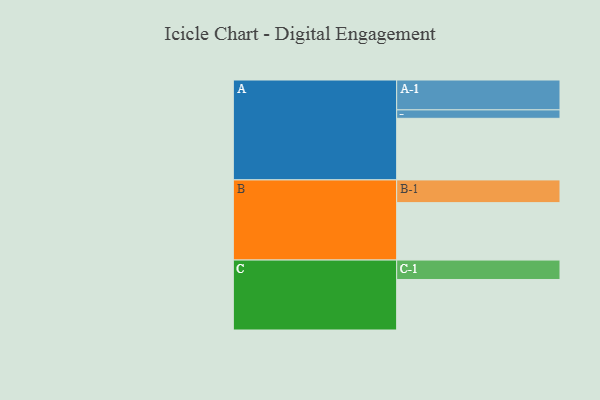
{"axis": {"x": "Segment", "y": "Value"}, "legend": ["", "A", "B", "C"], "data": [{"x": "A", "y": 561, "type": ""}, {"x": "B", "y": 523, "type": ""}, {"x": "C", "y": 460, "type": ""}, {"x": "A-1", "y": 272, "type": "A"}, {"x": "A-2", "y": 77, "type": "A"}, {"x": "B-1", "y": 207, "type": "B"}, {"x": "C-1", "y": 177, "type": "C"}]}